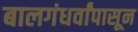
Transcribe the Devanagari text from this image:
बालगंधर्वांपासून